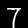
Label: 7